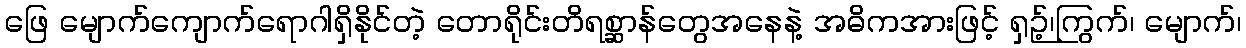
ဖြေ မျောက်ကျောက်ရောဂါရှိနိုင်တဲ့ တောရိုင်းတိရစ္ဆာန်တွေအနေနဲ့ အဓိကအားဖြင့် ရှဉ့်၊ကြွက်၊ မျောက်၊